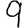
Digit: 9